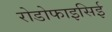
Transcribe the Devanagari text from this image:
रोडोफाइसिई